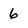
Character: 6